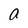
Character: a